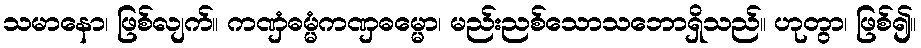
သမာနော၊ ဖြစ်လျက်။ ကဏှံဓမ္မံကဏှဓမ္မော၊ မည်းညစ်သောသဘောရှိသည်။ ဟုတွာ၊ ဖြစ်၍။